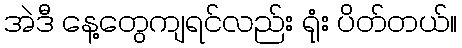
အဲဒီ နေ့တွေကျရင်လည်း ရုံး ပိတ်တယ်။